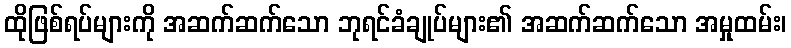
ထိုဖြစ်ရပ်များကို အဆက်ဆက်သော ဘုရင်ခံချုပ်များ၏ အဆက်ဆက်သော အမှုထမ်း၊